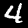
Label: 4